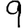
Digit: 9